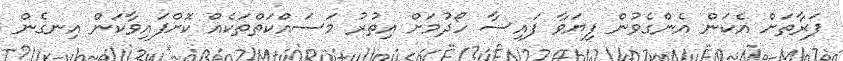
ފަރާތަށް އެކަން އެންގެވުން ފިޔަވާ ފައިސާ ހޯދުމަށް އިތުރު މަސައްކަތްތަކެއް ކޮށްފައިވާކަން އިނގެން